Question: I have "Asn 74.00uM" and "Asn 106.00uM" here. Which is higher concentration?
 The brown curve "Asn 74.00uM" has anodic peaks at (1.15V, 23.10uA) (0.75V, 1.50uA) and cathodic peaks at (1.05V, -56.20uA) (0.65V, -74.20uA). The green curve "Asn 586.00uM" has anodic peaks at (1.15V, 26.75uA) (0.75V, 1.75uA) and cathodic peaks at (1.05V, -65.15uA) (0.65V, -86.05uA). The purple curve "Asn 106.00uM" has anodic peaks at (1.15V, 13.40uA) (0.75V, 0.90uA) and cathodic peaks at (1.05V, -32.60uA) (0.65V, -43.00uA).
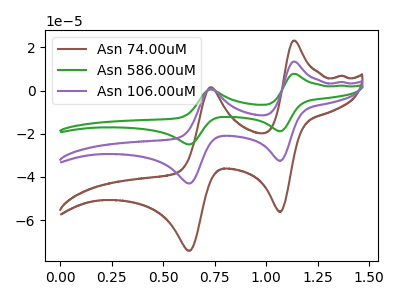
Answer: <think>All the peaks in "Asn 74.00uM" have a peak in "Asn 106.00uM" at the same potential. Every peak in "Asn 74.00uM" is higher than every peak in "Asn 106.00uM".
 </think>
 <answer>"Asn 74.00uM" has more signal than "Asn 106.00uM" and so likely has a higher concentration.</answer>
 <eval>more_concentration</eval>